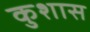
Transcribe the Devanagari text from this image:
कुशास